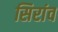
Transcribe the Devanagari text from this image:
सिरांव